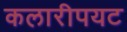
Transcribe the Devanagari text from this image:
कलारीपयट